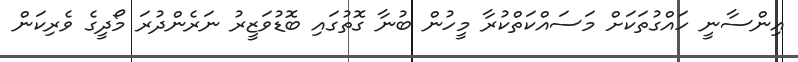
އިންސާނީ ހައްގުތަކަށް މަސައްކަތްކުރާ މީހުން ބުނާ ގޮތުގައި ބޮޑުވަޒީރު ނަރެންދުރަ މޯދީގެ ވެރިކަން